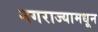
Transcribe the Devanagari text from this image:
नगराज्यामधून